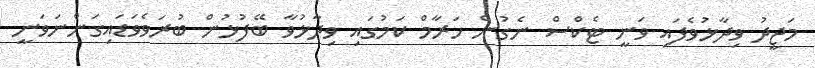
މަޖީދު ވިދާޅުވެފައި ވަނީ ޓެކްސް ނެގުން ހަރާމް ކަމުގައި ވިދާޅުވާ ބޭފުޅުން ބުރަވެވަޑައިގަންނަވަނީ